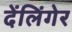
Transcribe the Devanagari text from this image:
देंलिंगेर